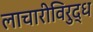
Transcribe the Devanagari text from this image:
लाचारीविरुद्ध